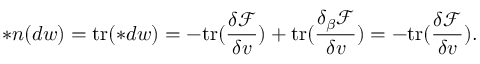
\ast \boldsymbol { n } ( d w ) = \mathrm { t r } ( \ast d w ) = - \mathrm { t r } ( \frac { \delta \mathcal { F } } { \delta v } ) + \mathrm { t r } ( \frac { \delta _ { \beta } \mathcal { F } } { \delta v } ) = - \mathrm { t r } ( \frac { \delta \mathcal { F } } { \delta v } ) .